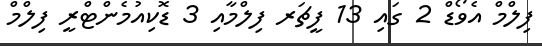
ފިލްމް އެވޯޑް 2 ގައި 13 ފީޗަރ ފިލްމާއި 3 ޑޮކިއުމެންޓްރީ ފިލްމް